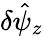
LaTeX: \delta\hat{\psi}_{z}